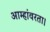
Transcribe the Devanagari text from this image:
आम्हांवरता।